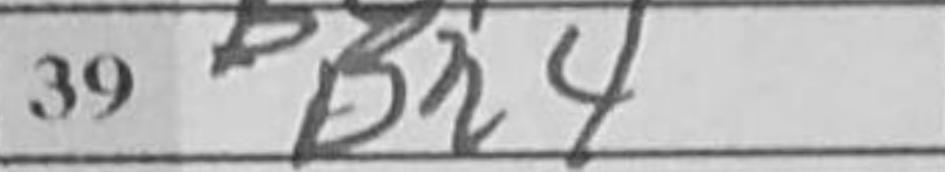
Transcription: Bh4